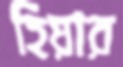
হিয়ার